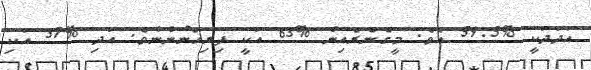
އަދަދަކީ %59.5 އެވެ. މީގެނެރެއިން %63 އަކީ ފިރިހެނުންނެވެ. އަދި %37 އަކި